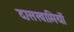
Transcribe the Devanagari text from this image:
दासस्वामियों